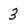
Character: 3